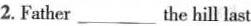
2.Father___the hill last